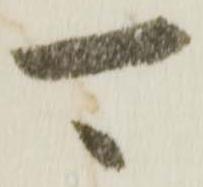
可